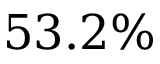
5 3 . 2 \%